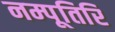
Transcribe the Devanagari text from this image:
नम्पूतिरि